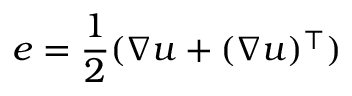
\boldsymbol { e } = \frac { 1 } { 2 } ( \nabla \boldsymbol { u } + ( \nabla \boldsymbol { u } ) ^ { \top } )